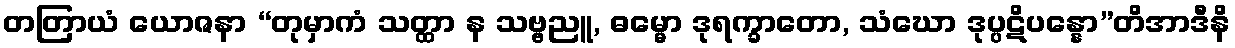
တတြာယံ ယောဇနာ “တုမှာကံ သတ္ထာ န သဗ္ဗညူ, ဓမ္မော ဒုရက္ခာတော, သံဃော ဒုပ္ပဋိပန္နော”တိအာဒီနိ